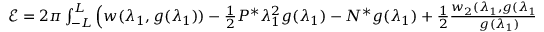
\begin{array} { r } { \mathcal { E } = 2 \pi \int _ { - L } ^ { L } \Big ( w ( \lambda _ { 1 } , g ( \lambda _ { 1 } ) ) - \frac { 1 } { 2 } P ^ { * } \lambda _ { 1 } ^ { 2 } g ( \lambda _ { 1 } ) - N ^ { * } g ( \lambda _ { 1 } ) + \frac { 1 } { 2 } \frac { w _ { 2 } ( \lambda _ { 1 } , g ( \lambda _ { 1 } ) ) } { g ( \lambda _ { 1 } ) } r ^ { 2 } \Big ) \, d Z . } \end{array}